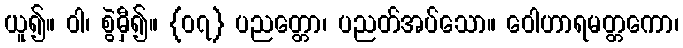
ယူ၍။ ဝါ၊ စွဲမှီ၍။ {၀၇} ပညတ္တော၊ ပညတ်အပ်သော။ ဝေါဟာရမတ္တကော၊